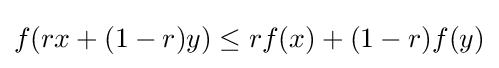
f(rx+(1-r)y)\leq rf(x)+(1-r)f(y)